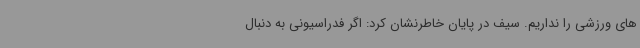
های ورزشی را نداریم. سیف در پایان خاطرنشان کرد: اگر فدراسیونی به دنبال